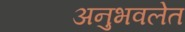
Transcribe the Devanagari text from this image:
अनुभवलेत